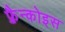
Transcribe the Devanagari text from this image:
फ़्रैन्कोइस